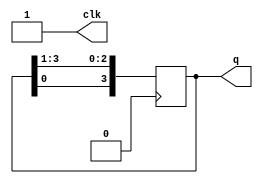
`timescale 1ns / 1ps
//////////////////////////////////////////////////////////////////////////////////
// Company: 
// Engineer: 
// 
// Design Name: 
// Module Name: sync
// Project Name: 
// Target Devices: 
// Tool Versions: 
// Description: 
// 
// Dependencies: 
// 
// Revision:
// Revision 0.01 - File Created
// Additional Comments:
// 
//////////////////////////////////////////////////////////////////////////////////


 module sync(
output reg clk,
output reg[3:0]q
    );
     initial
    begin
    repeat(100)
     begin
        clk=0;#30
        clk=~clk;#20;
     end
    end
    initial
    begin
    q<=4'b1000;
    end
    always@(posedge clk)
    begin
    q[3]<=q[0];
    q[2]<=q[3];
    q[1]<=q[2];
    q[0]<=q[1];
    end
    
endmodule